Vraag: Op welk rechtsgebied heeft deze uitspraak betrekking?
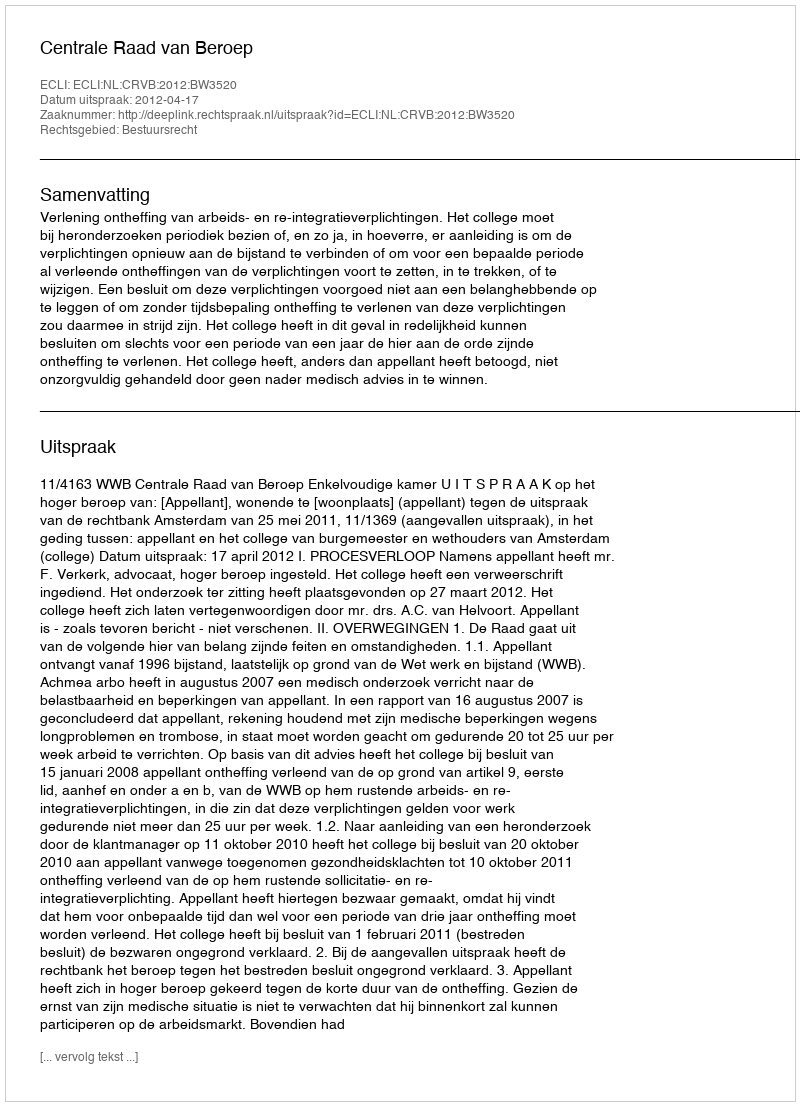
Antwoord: Bestuursrecht